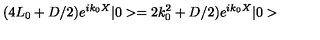
( 4 L _ { 0 } + D / 2 ) e ^ { i k _ { 0 } X } | 0 > = 2 k _ { 0 } ^ { 2 } + D / 2 ) e ^ { i k _ { 0 } X } | 0 >